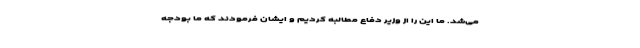
می‌شد. ما این را از وزیر دفاع مطالبه کردیم و ایشان فرمودند که ما بودجه